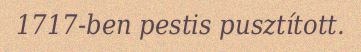
1717-ben pestis pusztított.